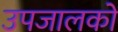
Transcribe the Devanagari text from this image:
उपजालकों